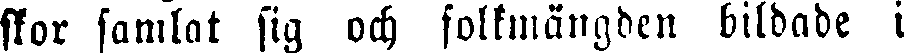
skor samlat sig och folkmängden bildade i